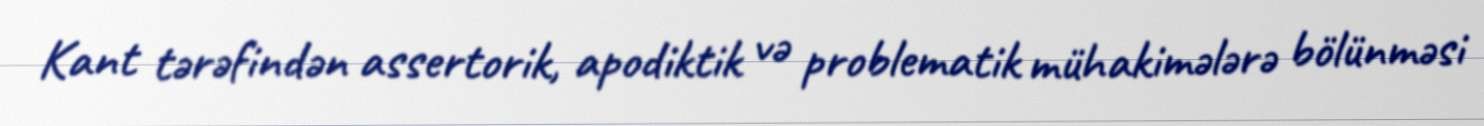
Kant tərəfindən assertorik, apodiktik və problematik mühakimələrə bölünməsi